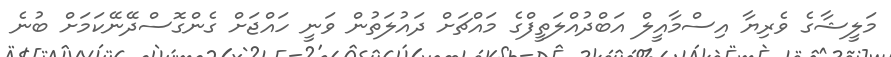
މަލީޝާގެ ވެރިޔާ އިސްމާއީލް އަބްދުއްލަތީފްގެ މައްޗަށް ދައުލަތުން ވަނީ ހައްޖަށް ގެންގޮސްދޭނޭކަމަށް ބުނެ